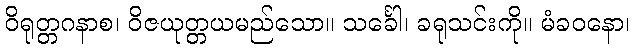
ဝိရုတ္တဂနာစ၊ ဝိဇယုတ္တယမည်သော။ သင်္ခေါ၊ ခရုသင်းကို။ မံခဝနော၊